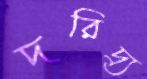
দরিদ্র্য